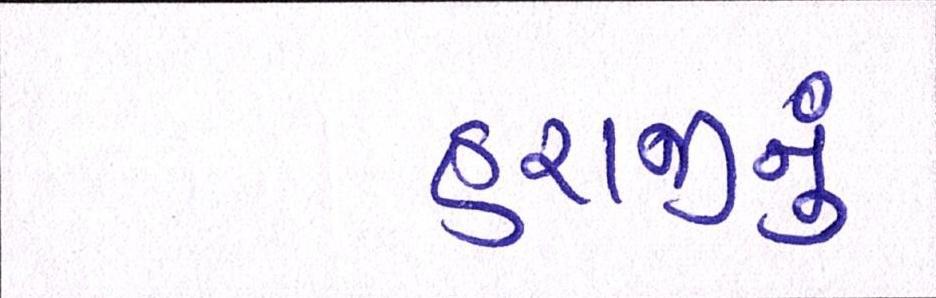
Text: હરાજીનું